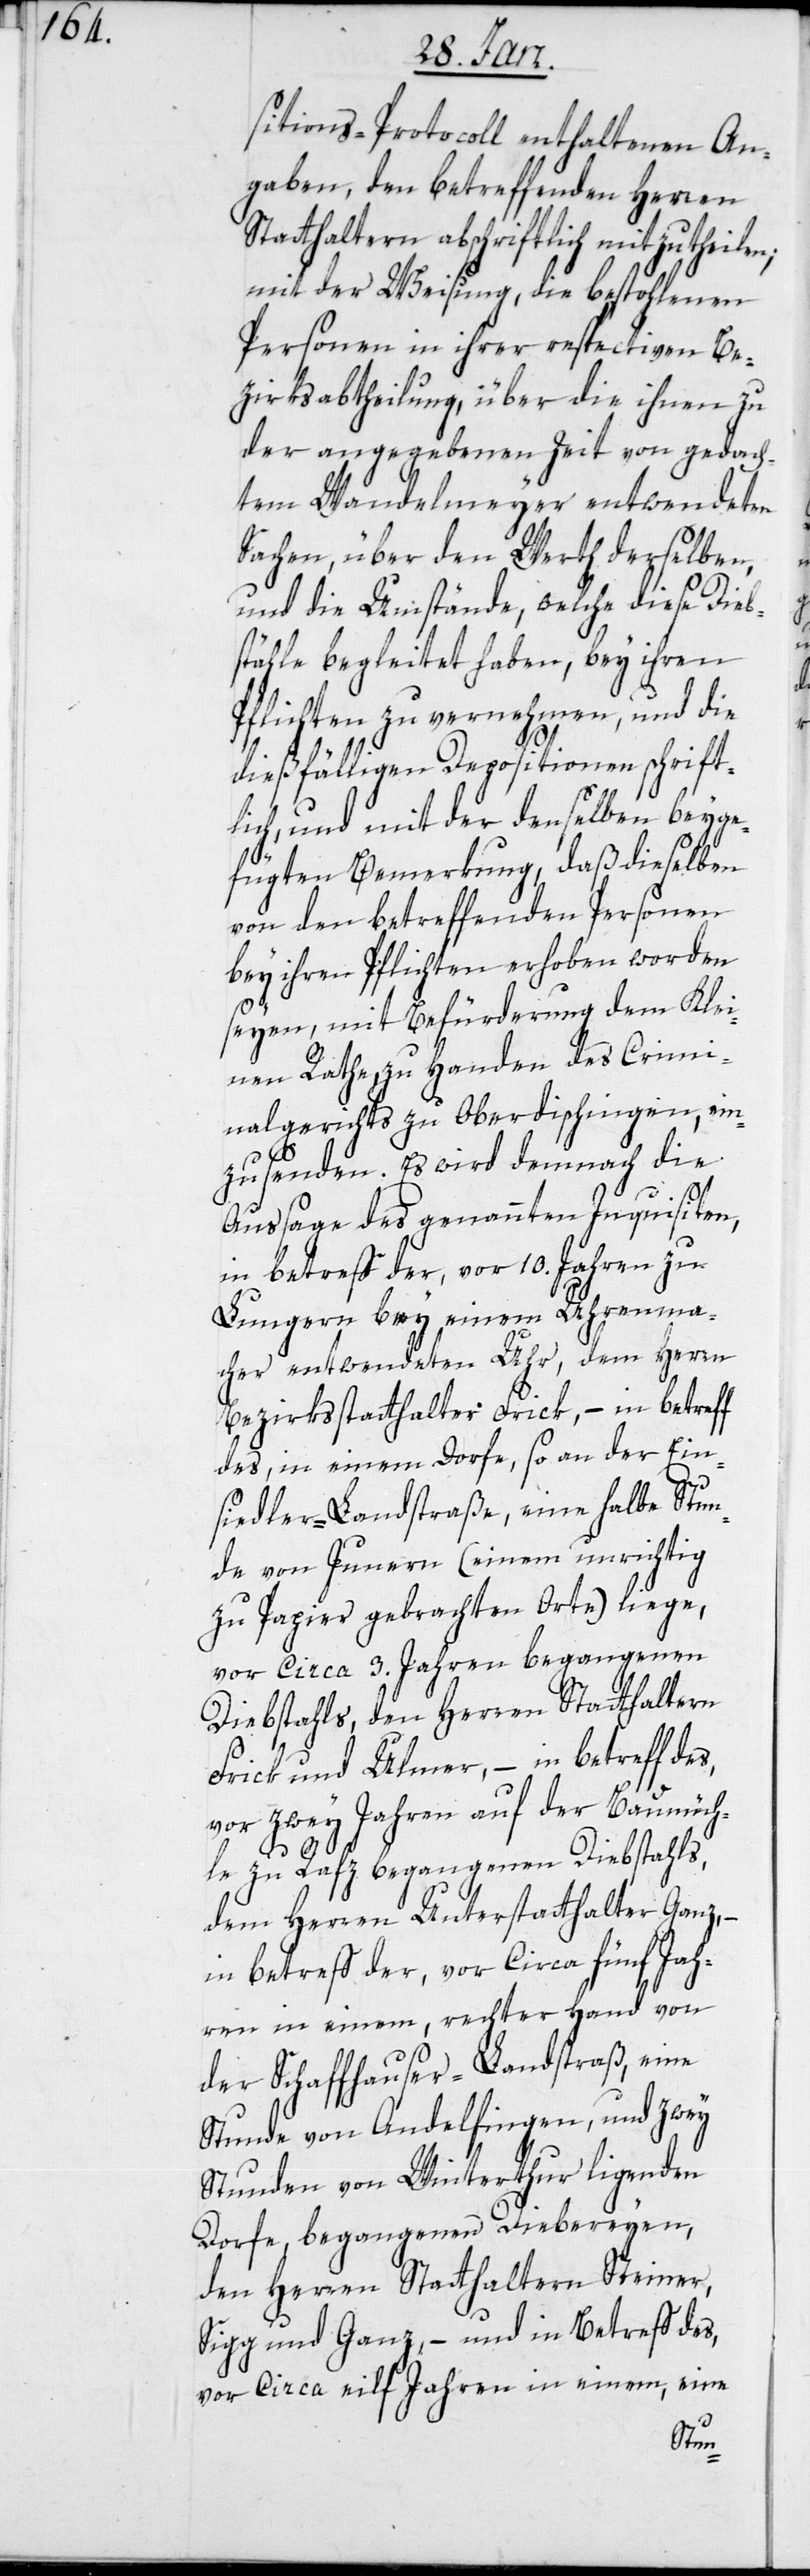
sitions-Protocoll enthaltenen An¬
gaben, den betreffenden Herren
Statthaltern abschriftlich mitzutheilen;
mit der Weisung, die bestohlenen
Personen in ihrer respectiven Be¬
zirksabtheilung, über die ihnen zu
der angegebenen Zeit von gedach¬
tem Wandelmeyer entwendeten
Sachen, über den Werth derselben,
und die Umstände, welche diese Dieb¬
stähle begleitet haben, bey ihren
Pflichten zu vernehmen, und die
dießfälligen Dispositionen schrift¬
lich, und mit der denselben beyge¬
fügten Bemerkung, daß dieselben
von den betreffenden Personen
bey ihren Pflichten erhoben worden
seyen, mit Befürderung dem Klei¬
nen Rathe zu Handen des Crimi¬
nalgerichts zu Oberdischingen, ein¬
zusenden. Es wird demnach die
Aussage des genannten Inquisiten,
in betreff der, vor 10. Jahren zu
Lungern bey einem Uhrenma¬
cher entwendeten Uhr, dem Herrn
Bezirksstatthalter Frick, – in betreff
des, in einem Dorfe, so an der Ein¬
siedler-Landstraße, ein halbe Stun¬
de von Junern (einem unrichtig
zu Papier gebrachten Orte) liege,
vor circa 3. Jahren begangenen
Diebstahls, den Herren Statthaltern
Frick und Ulmer, – in betreff des,
vor zwey Jahren auf der Baumüch¬
le zu Rafz begangenen Diebstahls,
dem Herren Unterstatthalter Ganz,
in betreff der, vor circa fünf Jah¬
ren in einem, rechter Hand von
der Schaffhauser-Landstraß, eine
Stunde von Andelfingen und zwey
Stunden von Winterthur ligenden
Dorfe, begangenen Diebereyen,
den Herren Statthaltern Steiner,
Sigg und Ganz, – und in Betreff des,
vor circa eilf Jahren in einem, eine